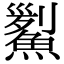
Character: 𩹒